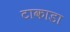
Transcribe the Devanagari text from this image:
टाकाडा